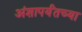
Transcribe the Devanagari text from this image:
अंशापर्यंतच्या